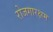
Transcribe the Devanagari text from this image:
रोजगारक्षम